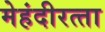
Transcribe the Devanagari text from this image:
मेहंदीरत्‍ता